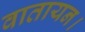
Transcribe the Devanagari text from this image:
वातायन।